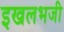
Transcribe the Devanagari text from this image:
इखलभजी